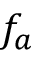
f _ { a }